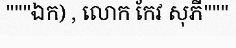
"""ឯក) , លោក កែវ សុភី"""